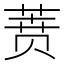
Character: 𰱟